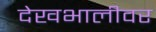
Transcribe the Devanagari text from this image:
देखभालीवर